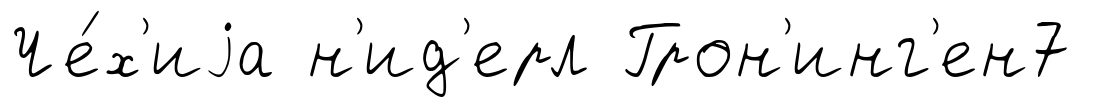
Че́х'иjа н'ид'ерл Грон'инг'ен7